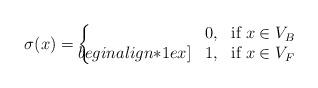
LaTeX: \begin{align*}\sigma(x) = \left\{\!\!\!\!\!\!\!\begin{array}{lll}&0, &\mbox{if}\; x\in V_{B}\\begin{align*}1ex]&1, &\mbox{if}\; x\in V_{F}\end{array}\right.\end{align*}